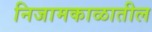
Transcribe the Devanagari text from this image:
निजामकाळातील